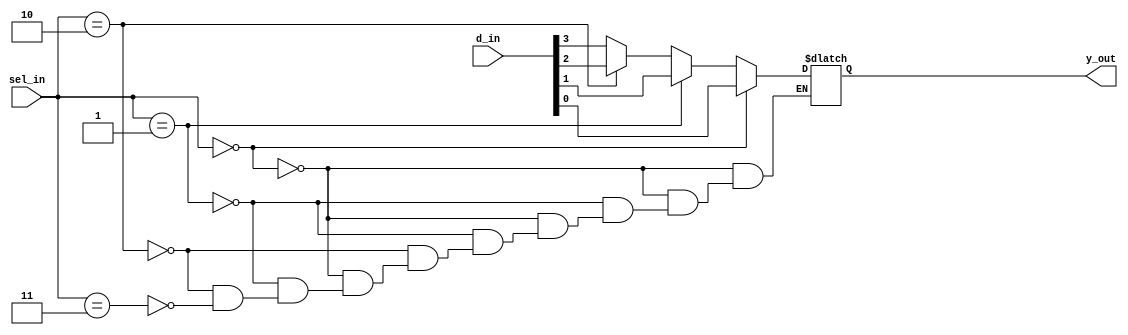
`timescale 1ns / 1ps

module mux_4to1(

input[3:0] d_in,
input[1:0] sel_in,
output reg y_out);

always@(*)
begin
if(sel_in==2'b00)
    y_out=d_in[0];
else if(sel_in==2'b01)
    y_out=d_in[1];
   
else if(sel_in==2'b10)
    y_out=d_in[2];
    
else if(sel_in==2'b11)
    y_out=d_in[3];
end
endmodule